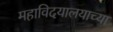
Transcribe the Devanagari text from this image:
महाविदयालयाच्या